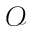
\mathcal { O }